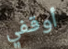
أوقفي